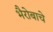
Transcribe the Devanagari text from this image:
भैरोबाचे